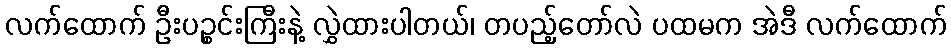
လက်ထောက် ဦးပဉ္စင်းကြီးနဲ့ လွှဲထားပါတယ်၊ တပည့်တော်လဲ ပထမက အဲဒီ လက်ထောက်